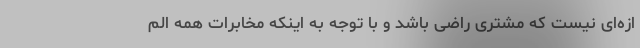
ازه‌ای نیست که مشتری راضی باشد و با توجه به اینکه مخابرات همه الم